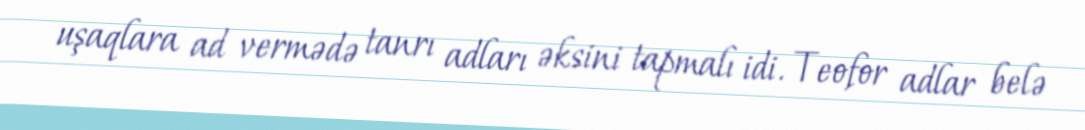
uşaqlara ad vermədə tanrı adları əksini tapmalı idi. Teofor adlar belə